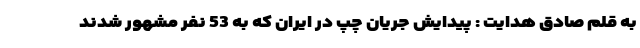
به قلم صادق هدایت : پیدایش جریان چپ در ایران که به 53 نفر مشهور شدند